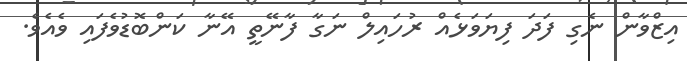
އިޒްވާން ނެގި ފަދަ ފިޔަވަޅެއް ރުހައިލް ނަގާ ފާނޭތީ އޭނާ ކަންބޮޑުވެފައި ވެއެވެ.